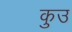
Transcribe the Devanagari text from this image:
कुउ